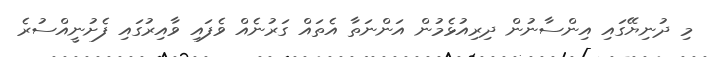
މި ދުނިޔޭގައި އިންސާނުން ދިރިއުޅެމުން އަންނަތާ އެތައް ގަރުނެއް ވެފައި ވާއިރުގައި ފެށުނީއްސުރެ